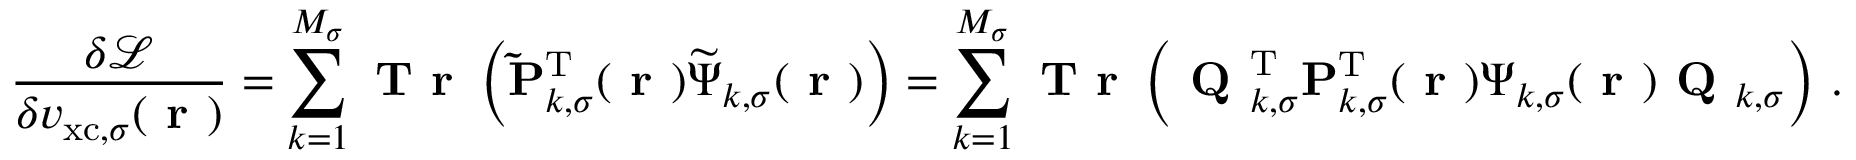
\frac { \delta \mathcal { L } } { \delta v _ { \mathrm { x c } , \sigma } ( \boldsymbol { \textbf { r } } ) } = \sum _ { k = 1 } ^ { M _ { \sigma } } \textbf { T r } \left( \mathbf { \widetilde { P } } _ { k , \sigma } ^ { \mathrm { T } } ( \boldsymbol { \textbf { r } } ) \boldsymbol { \widetilde { \Psi } } _ { k , \sigma } ( \boldsymbol { \textbf { r } } ) \right) = \sum _ { k = 1 } ^ { M _ { \sigma } } \textbf { T r } \left( \textbf { Q } _ { k , \sigma } ^ { \mathrm { T } } \mathbf { P } _ { k , \sigma } ^ { \mathrm { T } } ( \boldsymbol { \textbf { r } } ) \boldsymbol { \Psi } _ { k , \sigma } ( \boldsymbol { \textbf { r } } ) \textbf { Q } _ { k , \sigma } \right) \, .